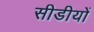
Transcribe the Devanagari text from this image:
सीडीयों